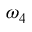
\omega _ { 4 }